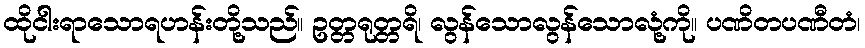
ထိုငါးရာသောရဟန်းတို့သည်။ ဥတ္တရုတ္တရိ၊ လွန်သောလွန်သောလုံ့ကို။ ပဏိတပဏီတံ၊